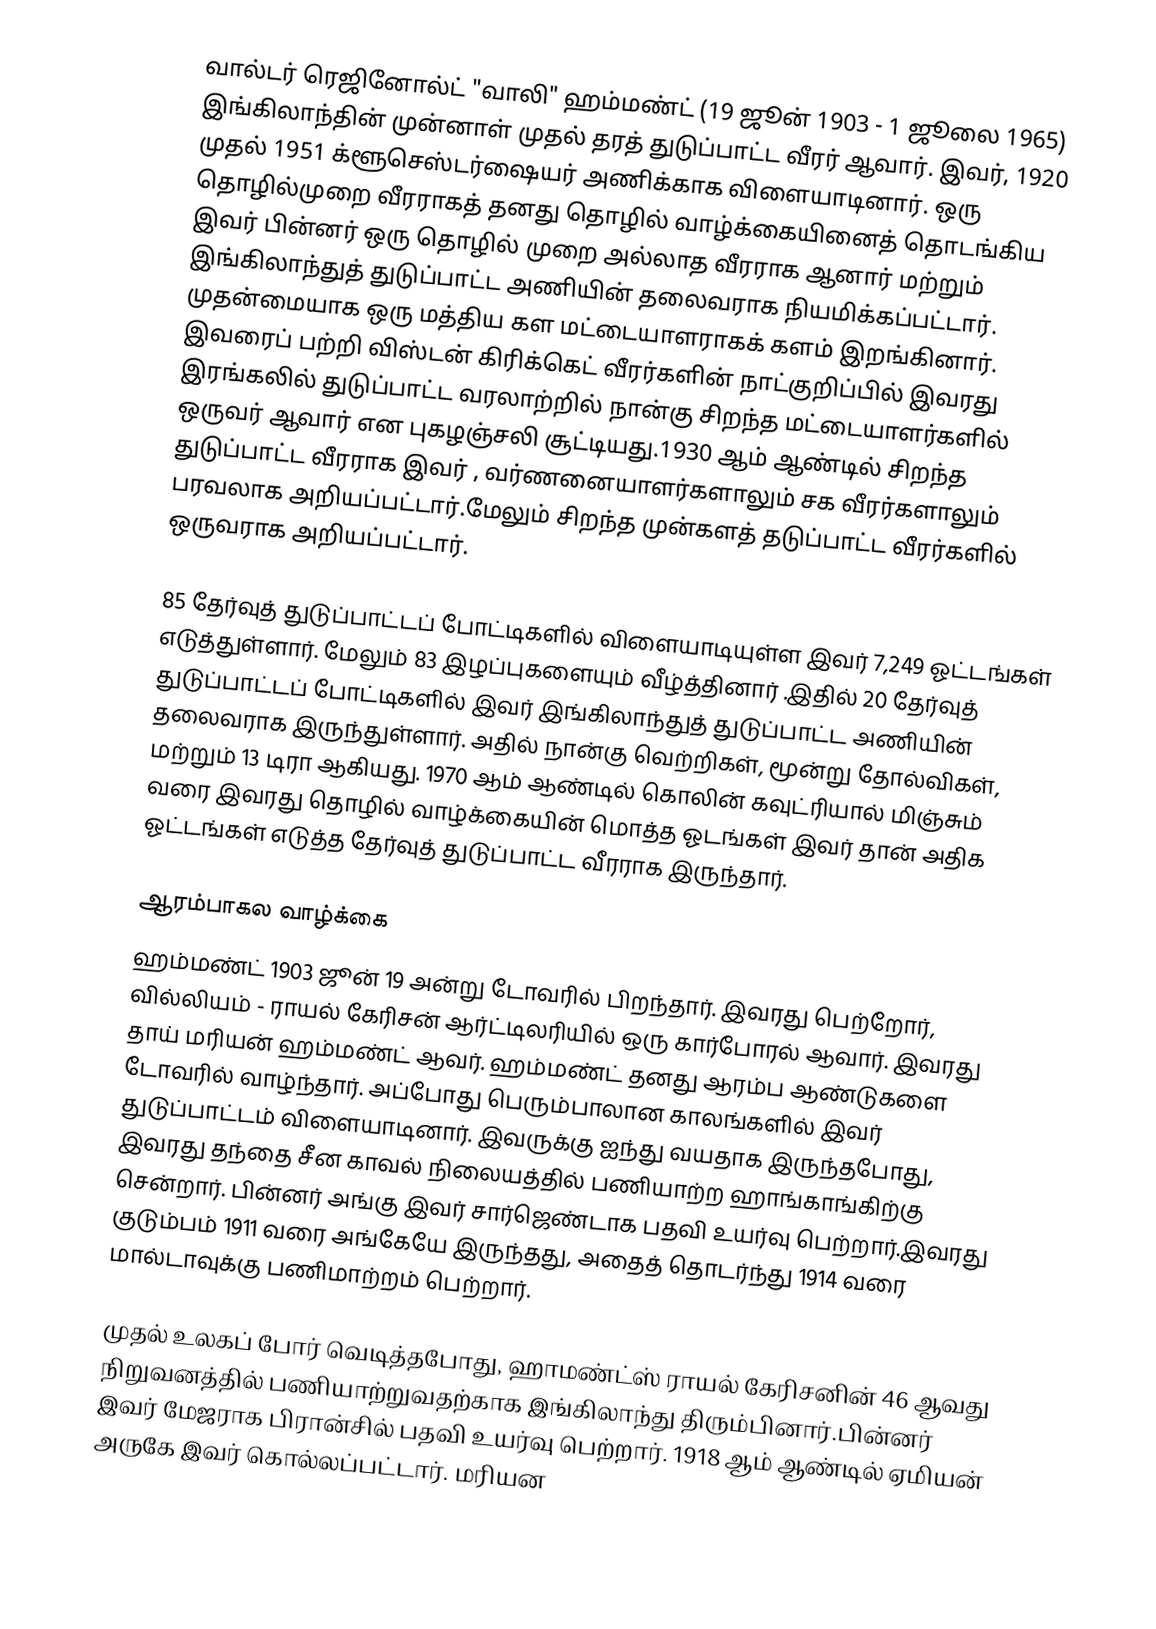
வால்டர் ரெஜினோல்ட் "வாலி" ஹம்மண்ட் (19 ஜூன் 1903  - 1 ஜூலை 1965) இங்கிலாந்தின் முன்னாள் முதல் தரத் துடுப்பாட்ட வீரர் ஆவார். இவர், 1920 முதல் 1951 க்ளூசெஸ்டர்ஷையர் அணிக்காக விளையாடினார்.  ஒரு தொழில்முறை வீரராகத் தனது தொழில் வாழ்க்கையினைத் தொடங்கிய இவர் பின்னர் ஒரு தொழில் முறை அல்லாத வீரராக ஆனார் மற்றும் இங்கிலாந்துத் துடுப்பாட்ட அணியின் தலைவராக  நியமிக்கப்பட்டார். முதன்மையாக ஒரு மத்திய கள மட்டையாளராகக் களம் இறங்கினார். இவரைப் பற்றி விஸ்டன் கிரிக்கெட் வீரர்களின் நாட்குறிப்பில் இவரது இரங்கலில் துடுப்பாட்ட வரலாற்றில் நான்கு சிறந்த மட்டையாளர்களில் ஒருவர் ஆவார் என புகழஞ்சலி சூட்டியது.1930 ஆம் ஆண்டில் சிறந்த துடுப்பாட்ட வீரராக இவர் , வர்ணனையாளர்களாலும் சக வீரர்களாலும் பரவலாக அறியப்பட்டார்.மேலும் சிறந்த முன்களத் தடுப்பாட்ட வீரர்களில் ஒருவராக அறியப்பட்டார்.

85 தேர்வுத் துடுப்பாட்டப் போட்டிகளில் விளையாடியுள்ள இவர்  7,249 ஓட்டங்கள் எடுத்துள்ளார். மேலும் 83 இழப்புகளையும் வீழ்த்தினார் .இதில் 20 தேர்வுத் துடுப்பாட்டப் போட்டிகளில் இவர் இங்கிலாந்துத் துடுப்பாட்ட அணியின் தலைவராக இருந்துள்ளார். அதில் நான்கு வெற்றிகள், மூன்று தோல்விகள், மற்றும் 13 டிரா ஆகியது. 1970 ஆம் ஆண்டில் கொலின் கவுட்ரியால் மிஞ்சும் வரை இவரது தொழில் வாழ்க்கையின் மொத்த ஓடங்கள் இவர் தான் அதிக ஓட்டங்கள் எடுத்த தேர்வுத் துடுப்பாட்ட வீரராக இருந்தார்.

ஆரம்பாகல வாழ்க்கை
ஹம்மண்ட் 1903 ஜூன் 19 அன்று டோவரில் பிறந்தார். இவரது பெற்றோர், வில்லியம் - ராயல் கேரிசன் ஆர்ட்டிலரியில் ஒரு கார்போரல் ஆவார். இவரது தாய் மரியன் ஹம்மண்ட் ஆவர்.   ஹம்மண்ட் தனது ஆரம்ப ஆண்டுகளை டோவரில் வாழ்ந்தார். அப்போது பெரும்பாலான காலங்களில் இவர் துடுப்பாட்டம் விளையாடினார்.  இவருக்கு ஐந்து வயதாக இருந்தபோது, இவரது தந்தை சீன காவல் நிலையத்தில் பணியாற்ற ஹாங்காங்கிற்கு சென்றார். பின்னர் அங்கு இவர் சார்ஜெண்டாக பதவி உயர்வு பெற்றார்.இவரது குடும்பம் 1911 வரை அங்கேயே இருந்தது, அதைத் தொடர்ந்து 1914 வரை மால்டாவுக்கு பணிமாற்றம் பெற்றார்.

முதல் உலகப் போர் வெடித்தபோது, ஹாமண்ட்ஸ் ராயல் கேரிசனின் 46 ஆவது  நிறுவனத்தில்  பணியாற்றுவதற்காக இங்கிலாந்து திரும்பினார்.பின்னர் இவர் மேஜராக பிரான்சில் பதவி உயர்வு பெற்றார். 1918 ஆம் ஆண்டில் ஏமியன் அருகே இவர் கொல்லப்பட்டார். மரியன